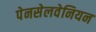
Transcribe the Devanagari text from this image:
पेनसेलवेनियन